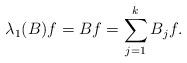
LaTeX: \begin{align*}&\lambda_1(B)f=Bf=\sum\limits_{j=1}^kB_jf.\end{align*}